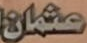
عثمان